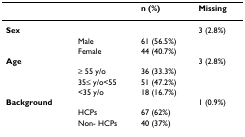
<table><thead><tr><td></td><td></td><td><b>n (%)</b></td><td><b>Missing</b></td></tr></thead><tbody><tr><td><b>Sex</b></td><td></td><td></td><td>3 (2.8%)</td></tr><tr><td></td><td>Male</td><td>61 (56.5%)</td><td></td></tr><tr><td></td><td>Female</td><td>44 (40.7%)</td><td></td></tr><tr><td><b>Age</b></td><td></td><td></td><td>3 (2.8%)</td></tr><tr><td></td><td>≥ 55 y/o</td><td>36 (33.3%)</td><td></td></tr><tr><td></td><td>35≤ y/o&lt;55</td><td>51 (47.2%)</td><td></td></tr><tr><td></td><td>&lt;35 y/o</td><td>18 (16.7%)</td><td></td></tr><tr><td><b>Background</b></td><td></td><td></td><td>1 (0.9%)</td></tr><tr><td></td><td>HCPs</td><td>67 (62%)</td><td></td></tr><tr><td></td><td>Non- HCPs</td><td>40 (37%)</td><td></td></tr></tbody></table>